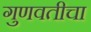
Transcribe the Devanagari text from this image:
गुणवतीचा